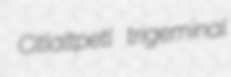
Citlaltpetl trigeminal